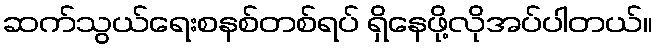
ဆက်သွယ်ရေးစနစ်တစ်ရပ် ရှိနေဖို့လိုအပ်ပါတယ်။